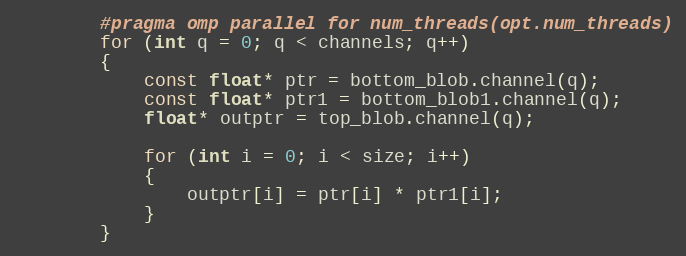
Language: C++
        #pragma omp parallel for num_threads(opt.num_threads)
        for (int q = 0; q < channels; q++)
        {
            const float* ptr = bottom_blob.channel(q);
            const float* ptr1 = bottom_blob1.channel(q);
            float* outptr = top_blob.channel(q);

            for (int i = 0; i < size; i++)
            {
                outptr[i] = ptr[i] * ptr1[i];
            }
        }